Scientific memoirs by medical officers of the Army of India - Part II,
Year: 1886
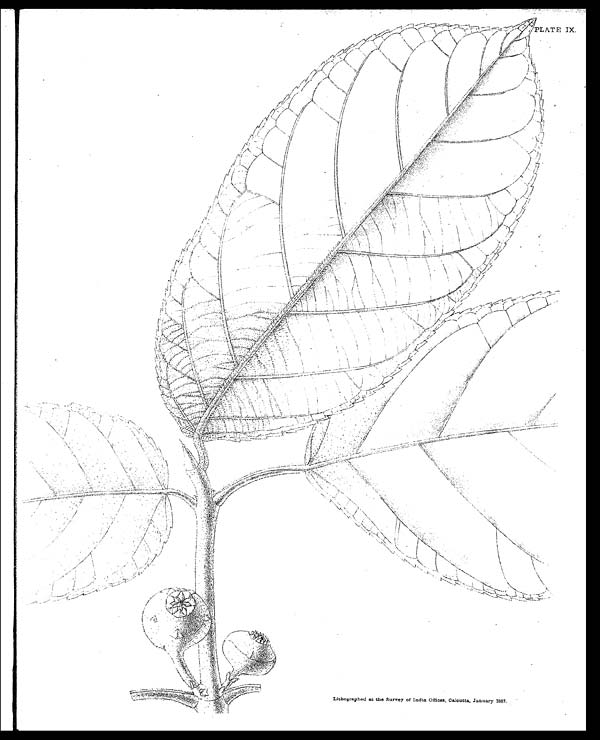
PLATE IX.
Lithographed at the Survey of India Offices, Calcutta, January 1887 .